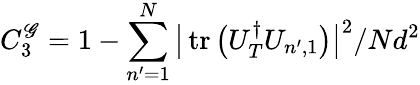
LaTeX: C_{3}^{\mathscr{G}}=1-\sum_{n^{\prime}=1}^{N}\big|\operatorname{tr}\big(U_{T}^{\dagger}U_{n^{\prime},1}\big)\big|^{2}/Nd^{2}